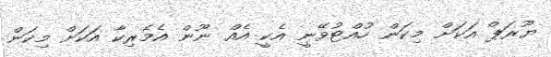
ޔޫރަޕް އަކަށް މިކަން ހުއްޓުވޭނީ އެކީ އެއް ނޫން އެމެރިކާ އަކަށް މިކަން